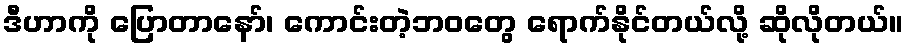
ဒီဟာကို ပြောတာနော်၊ ကောင်းတဲ့ဘဝတွေ ရောက်နိုင်တယ်လို့ ဆိုလိုတယ်။